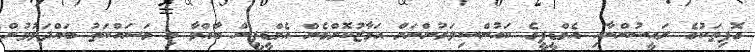
ގޮފިތަކުގެ ރައީސުންނާއި އެމްޑީޕީގެ ކައުންސިލަރުންނަށް އަމާޒުކޮށްގެން އެމްޑީޕީން ބާއްވާ މި މަސައްކަތު ބައްދަލުވުން